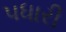
પધારી